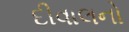
દીવાલનો